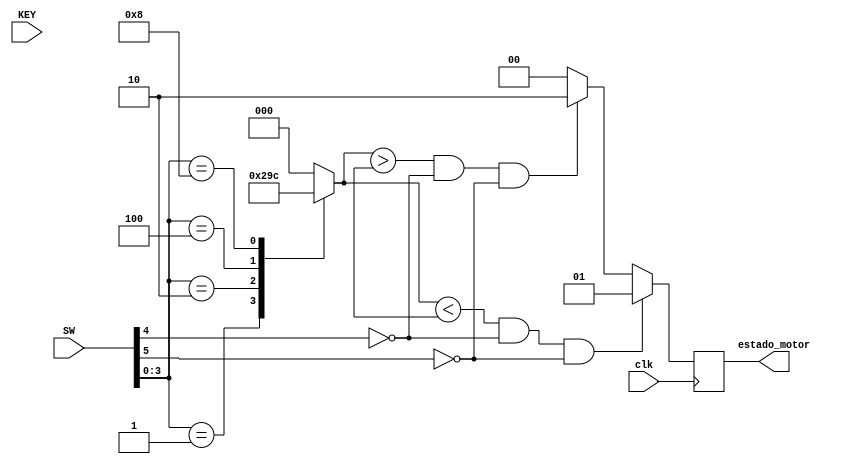
module FSM(
input clk,
input [5:0]SW,
input [3:0]KEY,
output reg [1:0]estado_motor
);

reg [2:0]andarAtual;
reg andaresSelecionados[3:0];
reg [2:0]teste;
reg [2:0]teste1;
reg [2:0]teste2;
reg [2:0]teste3;
reg [2:0]andarAlvo;



function automatic [2:0] switchParaAndar(input [3:0]a);
    // converte a entrada dos switches para nmeros dos andares 
    begin
        case (a)
            4'b0001: switchParaAndar = 3'd1;
            4'b0010: switchParaAndar = 3'd2;
            4'b0100: switchParaAndar = 3'd3;
            4'b1000: switchParaAndar = 3'd4;
            default: switchParaAndar = 3'd0; // erro, no tem como ter andar 0
        endcase
    end
endfunction

function automatic [2:0] andarMaisProx(input andar1, input andar2, input andar3, input andar4);
    reg dist1;
    reg dist2;
    reg dist3;
    reg dist4;
    begin
        dist1 = 0;
        dist2 = 0;
        dist3 = 0;
        dist4 = 0;

        // distancia entre cada andar e o andar atual (valor absoluto)
        if(andar1) dist1 = (andarAtual > 3'd1)? andarAtual - 3'd1 : 3'd1 - andarAtual;
        if(andar2) dist2 = (andarAtual > 3'd2)? andarAtual - 3'd2 : 3'd2 - andarAtual;
        if(andar3) dist3 = (andarAtual > 3'd3)? andarAtual - 3'd3 : 3'd3 - andarAtual;
        if(andar4) dist4 = (andarAtual > 3'd4)? andarAtual - 3'd4 : 3'd4 - andarAtual;

        teste = dist1;
        teste1 = dist2;
        teste2 = dist3;
        teste3 = dist4;
        
        /*if(dist1 != 0 && dist1 <= dist2 && dist1 <= dist3 && dist1 <= dist4) andarMaisProx = 1;
        else if(dist2 != 0 && dist2 <= dist1 && dist2 <= dist3 && dist2 <= dist4) andarMaisProx = 2;
        else if(dist3 != 0 && dist3 <= dist1 && dist3 <= dist2 && dist3 <= dist4) andarMaisProx = 3;
        else if(dist4 != 0 && dist4 <= dist1 && dist4 <= dist2 && dist4 <= dist3) andarMaisProx = 4;*/
    end
endfunction

always @(SW) begin
    andarAtual = switchParaAndar(SW);
    andarAlvo = andarMaisProx(andaresSelecionados[0], andaresSelecionados[1], andaresSelecionados[2], andaresSelecionados[3]);
end

always @(KEY) begin
    if(KEY[0]) andaresSelecionados[0] = 1;
    if(KEY[1]) andaresSelecionados[1] = 1;
    if(KEY[2]) andaresSelecionados[2] = 1;
    if(KEY[3]) andaresSelecionados[3] = 1;
end

always @(posedge clk) begin
    // motor subindo
    if(andarAtual < andarAlvo && !SW[4] && !SW[5]) estado_motor <= 01;
    // motor descendo
    else if(andarAtual > andarAlvo && !SW[4] && !SW[5]) estado_motor <= 10;
    // motor parado
    else estado_motor <= 00;
end
endmodule

module tb_FSM;
reg clk = 0;
reg [5:0]SW;
reg [3:0]KEY;
wire [1:0]estado_motor;

FSM f(
    clk,
    SW,
    KEY,
    estado_motor
);

always #1 clk=~clk;

initial begin
    $dumpfile("tb_FSM.vcd");
    $dumpvars(0, tb_FSM);
end

initial begin
    #2
    SW[5:0] <= 6'b000001;
    #2
    KEY <= 4'b1000;
    #2
    KEY <= 4'b0100;
    #2
    SW[5:0] <= 6'b000010;
    #2
    SW[5:0] <= 6'b000100;
    #2
    SW[5:0] <= 6'b001000;
    #2
    $finish(2);
end

endmodule